Scottish Certificate of Education, 1963
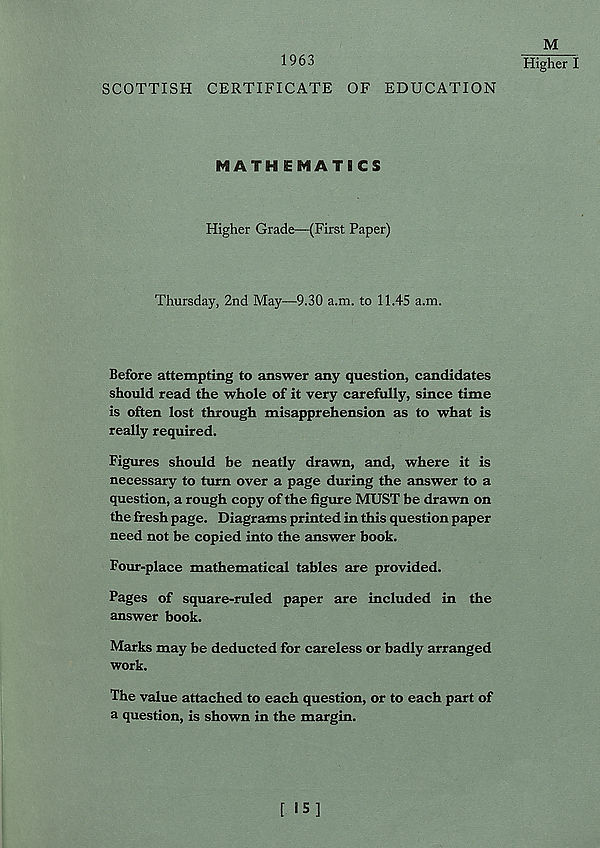
1963
SCOTTISH CERTIFICATE OF EDUCATION
M
Higher I
MATHEMATICS
Higher Grade—(First Paper)
Thursday, 2nd May—9.30 a.m. to 11.45 a.m.
Before attempting to answer any question, candidates
should read the whole of it very carefully, since time
is often lost through misapprehension as to what is
really required.
Figures should be neatly drawn, and, where it is
necessary to turn over a page during the answer to a
question, a rough copy of the figure MUST be drawn on
the fresh page. Diagrams printed in this question paper
need not be copied into the answer book.
Four-place mathematical tables are provided.
Pages of square-ruled paper are included in the
answer book.
Marks may be deducted for careless or badly arranged
work.
The value attached to each question, or to each part of
a question, is shown in the margin.
[ 15]